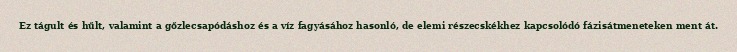
Ez tágult és hűlt, valamint a gőzlecsapódáshoz és a víz fagyásához hasonló, de elemi részecskékhez kapcsolódó fázisátmeneteken ment át.